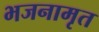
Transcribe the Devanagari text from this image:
भजनामृत